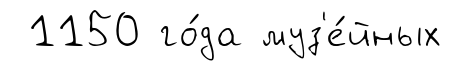
1150 го́да муз'е́йных